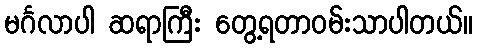
မင်္ဂလာပါ ဆရာကြီး တွေ့ရတာဝမ်းသာပါတယ်။